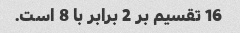
16 تقسیم بر 2 برابر با 8 است.